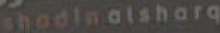
shadinalsharq